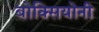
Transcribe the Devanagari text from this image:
बोक्सियोनी